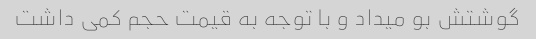
گوشتش بو میداد و با توجه به قیمت حجم کمی داشت